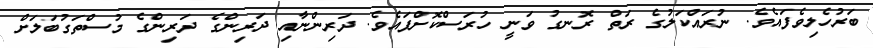
ބަރުހެލިވެފައެވެ. ނުރައްކަލުގެ ރަތް ރޮނގު ވަނީ ހުރަސްކޮށްފައެވެ. ދަރިންނާއި ދަރިންގެ ދަރިންގެ މުސްތަގުބަލަށް